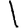
Digit: 1